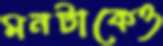
মনটাকেও